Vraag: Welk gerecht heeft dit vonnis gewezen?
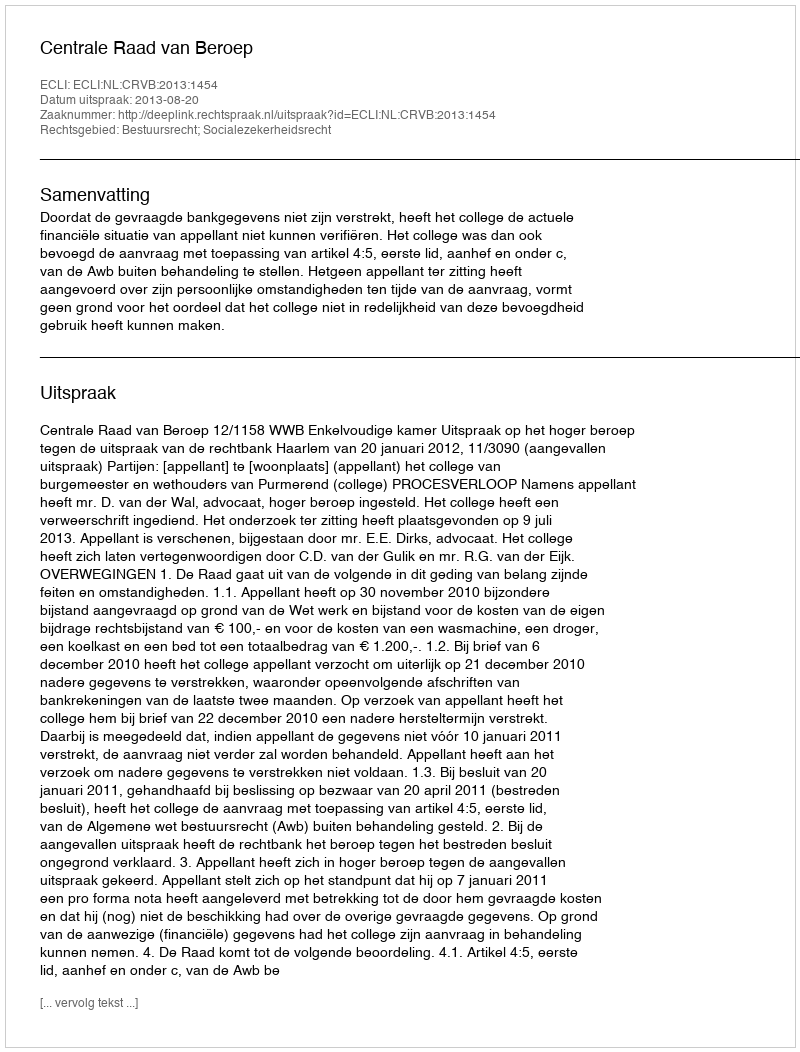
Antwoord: Centrale Raad van Beroep